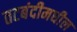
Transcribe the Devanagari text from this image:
तटबंदीमधील